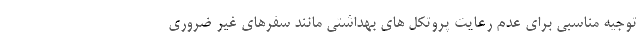
توجیه مناسبی برای عدم رعایت پروتکل های بهداشتی مانند سفرهای غیر ضروری